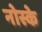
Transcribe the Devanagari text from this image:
नोस्के